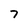
Character: 7